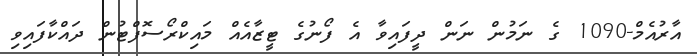
އާރުއެމް-1090 ގެ ނަމުން ނަން ދީފައިވާ އެ ފޯނުގެ ޓީޒާއެއް މައިކްރޯސޮފްޓުން ދައްކާފައިވި